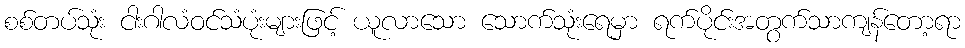
စစ်တပ်သုံး ငါးဂါလံဝင်သံပုံးများဖြင့် ယူလာသော သောက်သုံးရေမှာ ရက်ပိုင်းအတွက်သာကျန်တော့ရာ